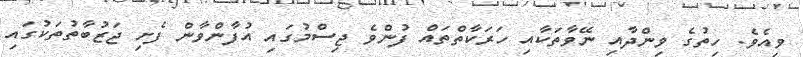
ވިއެވެ. ހިތުގެ ވިންދާއި ނޭވާތަކާއި ހަރަކާތްތައް ފުންވެ ޖިސްމުގައި އުފާންވާން ފެށި ޖަޒުބާތުތަކުގައި